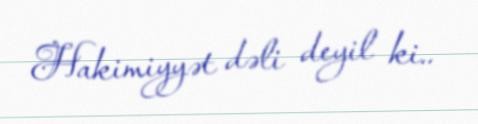
Hakimiyyət dəli deyil ki..